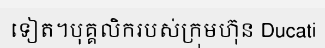
ទៀត។បុគ្គលិករបស់ក្រុមហ៊ុន Ducati